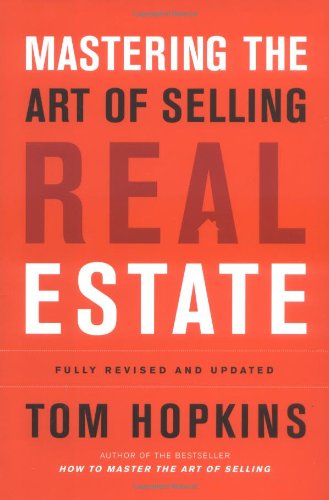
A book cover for Mastering the Art of Selling Real Estate: Fully Revised and Updated; Tom Hopkins; Business & Money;